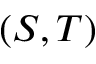
( S , T )